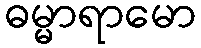
ဓမ္မာရာမော